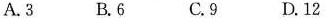
A.3 B.6 C.9 D.12